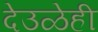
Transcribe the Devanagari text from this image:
देउळेही